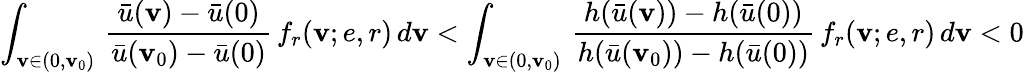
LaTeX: \int_{\mathbf{v}\in(0,\mathbf{v}_{0})}\, \frac{{\bar{{u}}(\mathbf{v})-\bar{{u}}(0)}}{{\bar{{u}}(\mathbf{v}_{0})-\bar{{u}}(0)}}\, f_{r}(\mathbf{v};e,r)\, d\mathbf{v}<\int_{\mathbf{v}\in(0,\mathbf{v}_{0})}\, \frac{{h(\bar{{u}}(\mathbf{v}))-h(\bar{{u}}(0))}}{{h(\bar{{u}}(\mathbf{v}_{0}))-h(\bar{{u}}(0))}}\, f_{r}(\mathbf{v};e,r)\, d\mathbf{v}<0